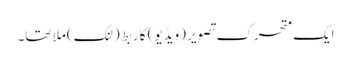
ایک متحرک تصویر (ویڈیو) کا ربط (لنک) ملا تھا۔